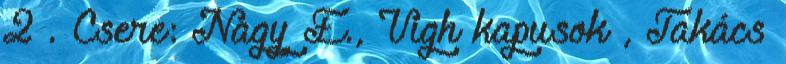
2 . Csere: Nagy É., Vígh kapusok , Takács